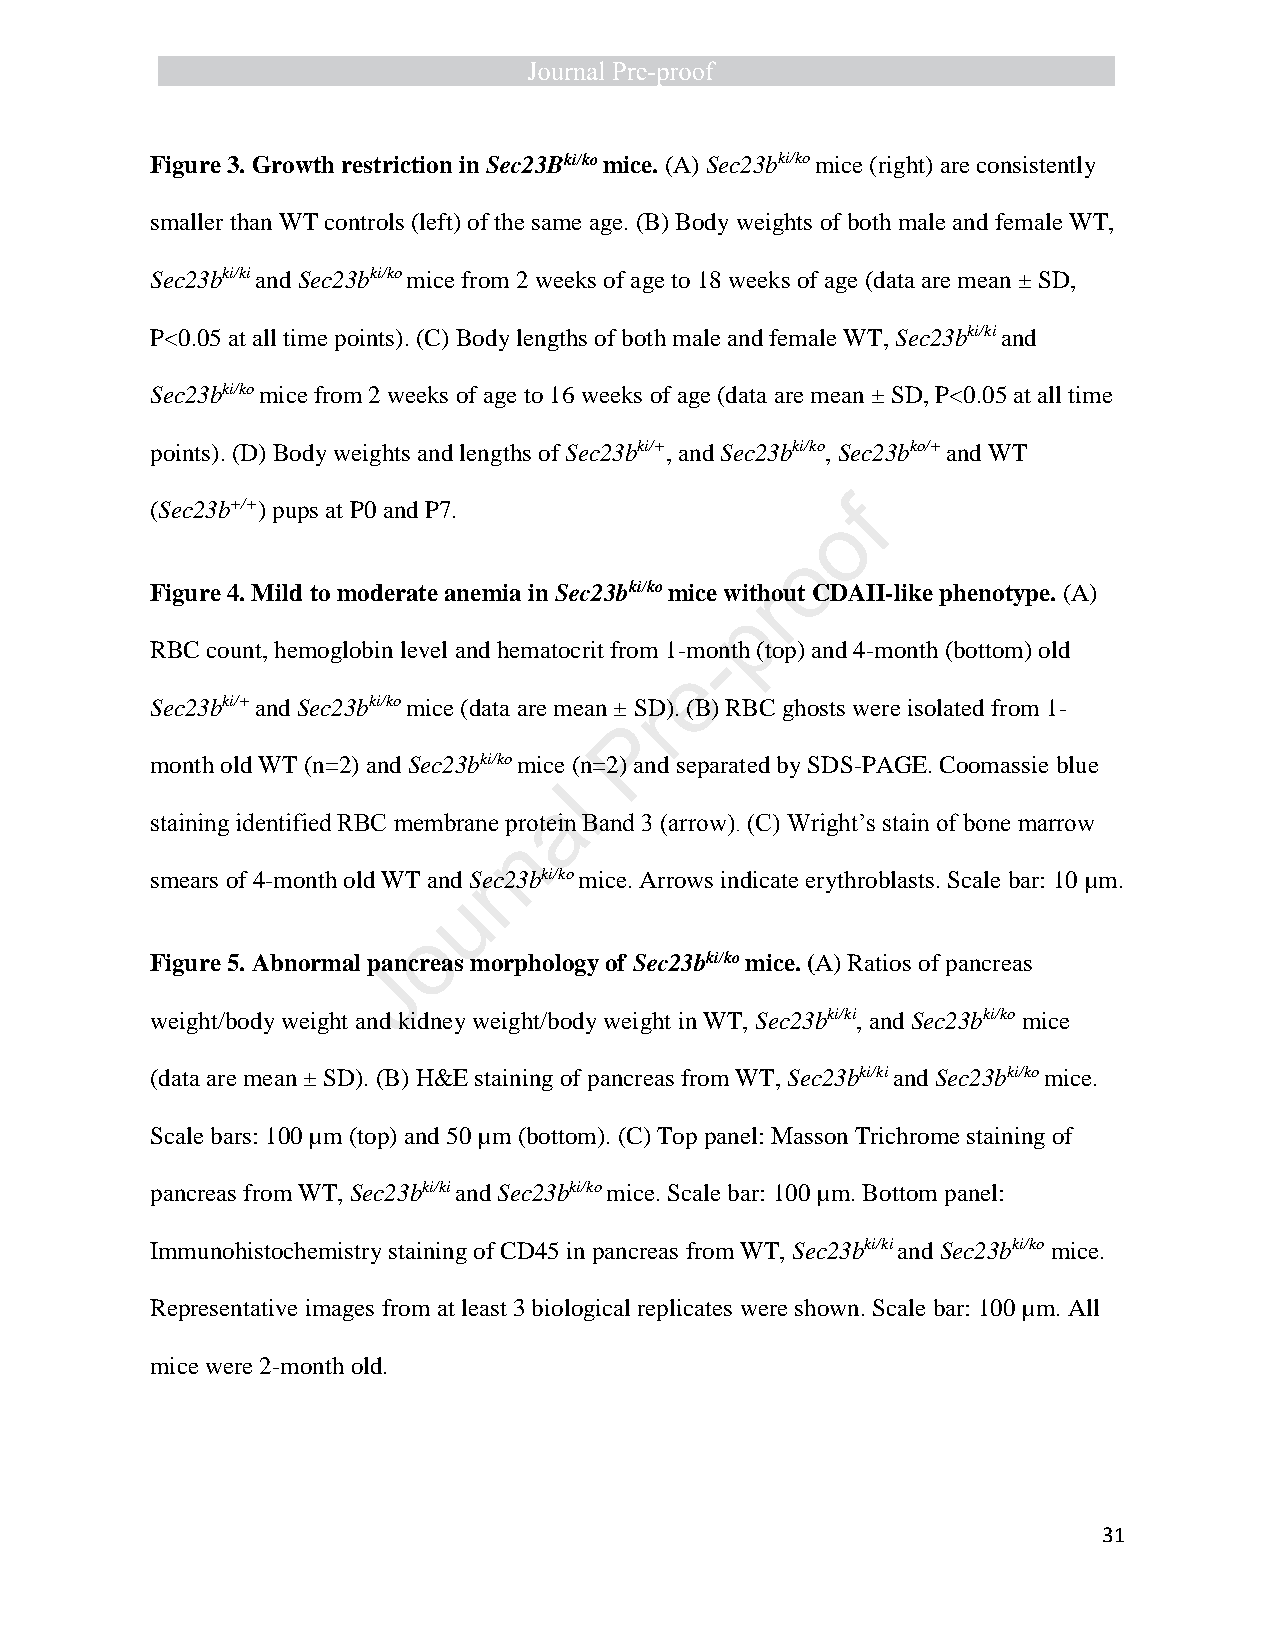
Figure 3. Growth restriction in Sec23Bki/ko mice. (A) Sec23bki/ko mice (right) are consistently
 smaller than WT controls (left) of the same age. (B) Body weights of both male and female WT,
 Sec23bki/ki and Sec23bki/ko mice from 2 weeks of age to 18 weeks of age (data are mean ± SD,
 P<0.05 at all time points). (C) Body lengths of both male and female WT, Sec23bki/ki and
 Sec23bki/ko mice from 2 weeks of age to 16 weeks of age (data are mean ± SD, P<0.05 at all time
 points). (D) Body weights and lengths of Sec23bki/+, and Sec23bki/ko, Sec23bko/+ and WT
 (Sec23b+/+) pups at P0 and P7.                f
 o
 o
 Figure 4. Mild to moderate anemia in Sec23bki/ko mice withrout CDAII-like phenotype. (A)
 p
 RBC count, hemoglobin level and hematocrit from 1-m-onth (top) and 4-month (bottom) old
 e
 Sec23bki/+ and Sec23bki/ko mice (data are mean ± SrD). (B) RBC ghosts were isolated from 1-
 P
 month old WT (n=2) and Sec23bki/ko mice (n=2) and separated by SDS-PAGE. Coomassie blue
 l
 a
 staining identified RBC membrane protein Band 3 (arrow). (C) Wright’s stain of bone marrow
 n
 smears of 4-month old WT and Srec23bki/ko mice. Arrows indicate erythroblasts. Scale bar: 10 µm.
 u
 o
 Figure 5. Abnormal pancreas morphology of Sec23bki/ko mice. (A) Ratios of pancreas
 J
 weight/body weight and kidney weight/body weight in WT, Sec23bki/ki, and Sec23bki/ko mice
 (data are mean ± SD). (B) H&E staining of pancreas from WT, Sec23bki/ki and Sec23bki/ko mice.
 Scale bars: 100 µm (top) and 50 µm (bottom). (C) Top panel: Masson Trichrome staining of
 pancreas from WT, Sec23bki/ki and Sec23bki/ko mice. Scale bar: 100 µm. Bottom panel:
 Immunohistochemistry staining of CD45 in pancreas from WT, Sec23bki/ki and Sec23bki/ko mice.
 Representative images from at least 3 biological replicates were shown. Scale bar: 100 µm. All
 mice were 2-month old.
 31